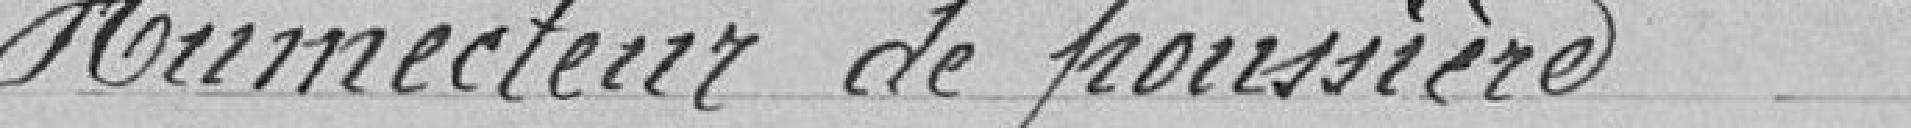
Humecteur de poussière